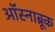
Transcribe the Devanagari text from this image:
ऑस्नाब्रूक